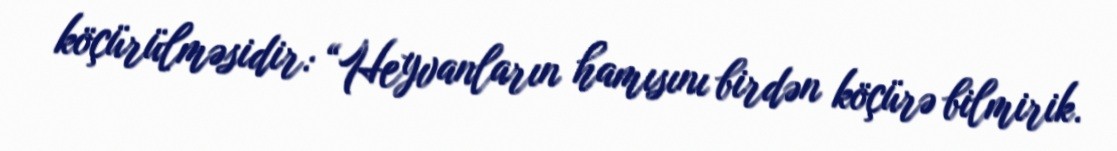
köçürülməsidir: “Heyvanların hamısını birdən köçürə bilmirik.